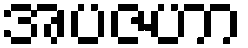
အပဇဟာ